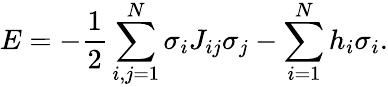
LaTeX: E=-\frac{1}{2}\sum_{i,j=1}^{N}\sigma_{i}J_{ij}\sigma_{j}-\sum_{i=1}^{N}h_{i}\sigma_{i}.